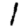
Digit: 1